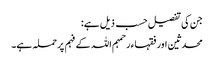
جن کی تفصیل حسب ذیل ہے:
محدثین اور فقہاء رحمہم اللہ کے فہم پر حملہ ہے۔